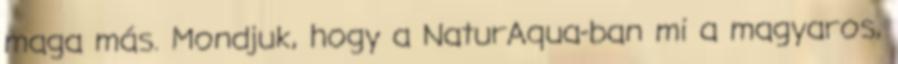
maga más. Mondjuk, hogy a NaturAqua-ban mi a magyaros,